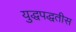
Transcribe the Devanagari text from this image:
युद्धपद्धतीस